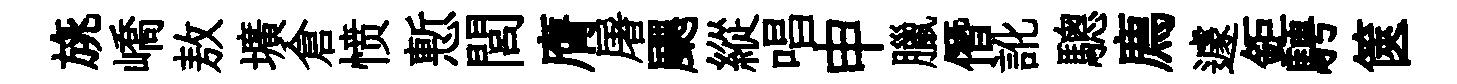
旐嶠敖壙倉愤慙閭膺屠颸縱唱申臘僭訛驄廌遽鉅騁篋